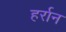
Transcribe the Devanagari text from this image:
हर्रान